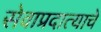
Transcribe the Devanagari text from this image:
सेवाप्रदात्याचे